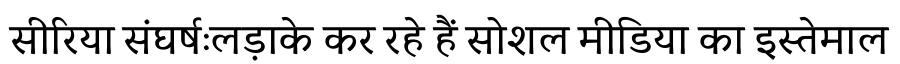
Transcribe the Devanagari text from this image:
सीरिया संघर्षःलड़ाके कर रहे हैं सोशल मीडिया का इस्तेमाल